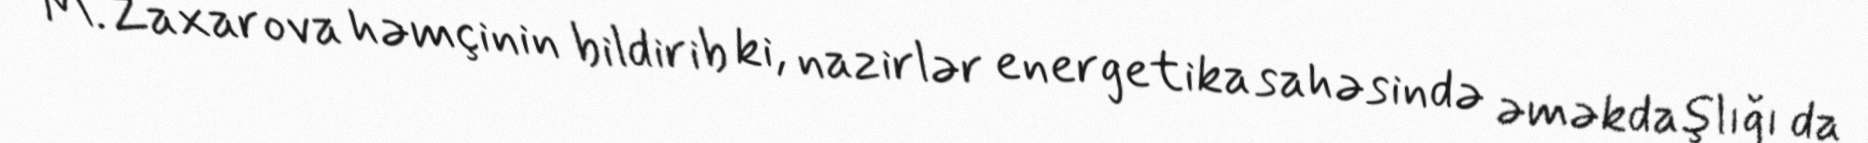
M.Zaxarova həmçinin bildirib ki, nazirlər energetika sahəsində əməkdaşlığı da